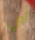
أي